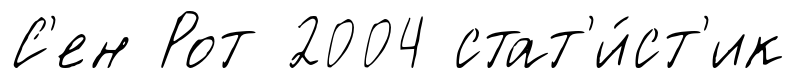
С'ен Рот 2004 стат'и́ст'ик